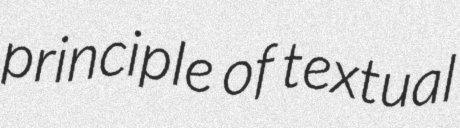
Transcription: principle of textual